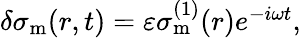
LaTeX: \begin{array}{r}{\delta\sigma_{\mathrm{m}}(r,t)=\varepsilon\sigma_{\mathrm{m}}^{(1)}(r)e^{-i\omega t},}\end{array}